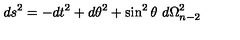
d s ^ { 2 } = - d t ^ { 2 } + d \theta ^ { 2 } + \sin ^ { 2 } \theta \ d \Omega _ { n - 2 } ^ { 2 }